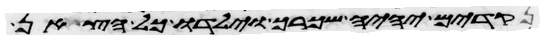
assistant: נקודים יהיה שכרך וילדו כל הצאן